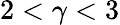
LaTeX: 2<\gamma<3